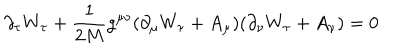
\partial _ { \tau } W _ { \tau } + \frac { 1 } { 2 M } g ^ { \mu \nu } ( \partial _ { \mu } W _ { \tau } + A _ { \mu } ) ( \partial _ { \nu } W _ { \tau } + A _ { \nu } ) = 0